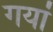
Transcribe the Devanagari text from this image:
गयां